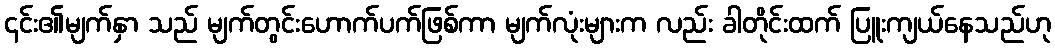
၎င်း၏မျက်နှာ သည် မျက်တွင်းဟောက်ပက်ဖြစ်ကာ မျက်လုံးများက လည်း ခါတိုင်းထက် ပြူးကျယ်နေသည်ဟု